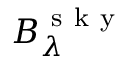
B _ { \lambda } ^ { \mathrm { ~ s ~ k ~ y ~ } }